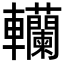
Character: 𨏼